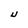
Character: U